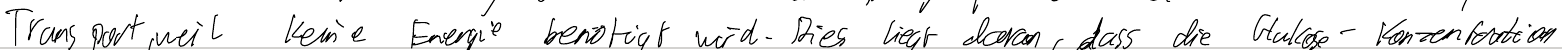
Transport, weil keine Energie benötigt wird. Dies liegt daran, dass die Glukose-Konzentration